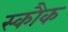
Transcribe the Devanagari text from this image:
स्कौक